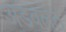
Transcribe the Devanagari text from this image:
अडवलेत